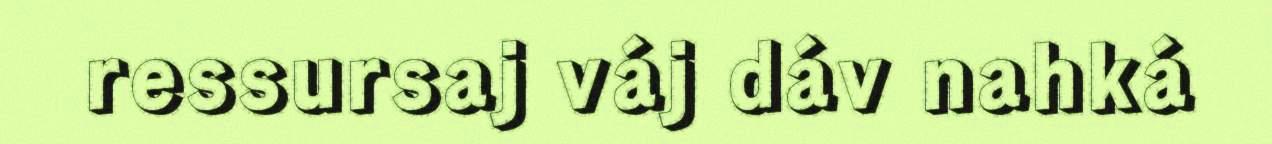
ressursaj váj dáv nahká